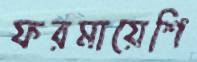
ফরমায়েশি